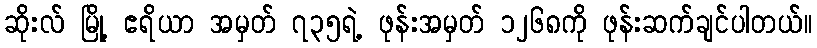
ဆိုးလ် မြို့ ဧရိယာ အမှတ် ၇၃၅ရဲ့ ဖုန်းအမှတ် ၁၂၆၈ကို ဖုန်းဆက်ချင်ပါတယ်။